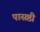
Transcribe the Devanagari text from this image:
पासष्ठी